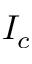
I _ { c }